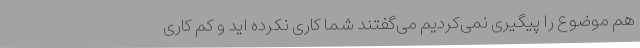
هم موضوع را پیگیری نمی‌کردیم می‌گفتند شما کاری نکرده اید و کم کاری